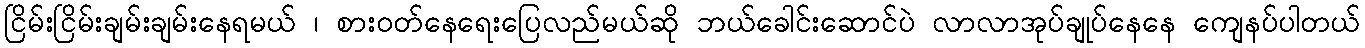
ငြိမ်းငြိမ်းချမ်းချမ်းနေရမယ် ၊ စားဝတ်နေရေးပြေလည်မယ်ဆို ဘယ်ခေါင်းဆောင်ပဲ လာလာအုပ်ချုပ်နေနေ ကျေနပ်ပါတယ်